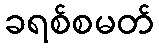
ခရစ်စမတ်